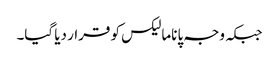
جبکہ وجہ پاناما لیکس کو قرار دیا گیا۔